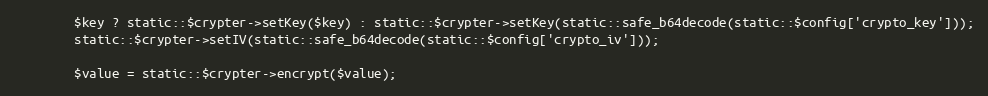
Language: PHP
		$key ? static::$crypter->setKey($key) : static::$crypter->setKey(static::safe_b64decode(static::$config['crypto_key']));
		static::$crypter->setIV(static::safe_b64decode(static::$config['crypto_iv']));

		$value = static::$crypter->encrypt($value);